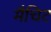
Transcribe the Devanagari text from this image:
मैचिट